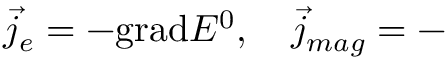
\overrightarrow { j } _ { e } = - \mathrm { g r a d } E ^ { 0 } , \quad \overrightarrow { j } _ { m a g } = -